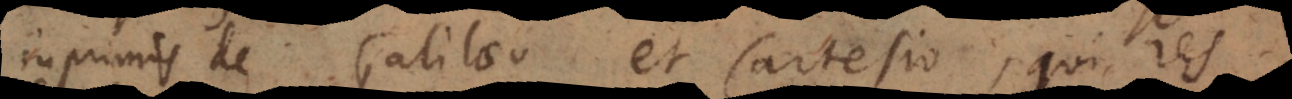
primis de Galilaeo et Cartesio, qui res